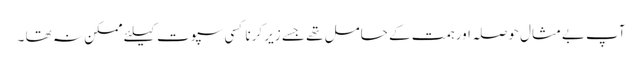
آپ بےمثال حوصلہ اور ہمت کے حامل تھے جسے زیر کرنا کسی سپوت کیلئے ممکن نہ تھا ۔